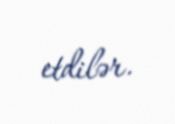
etdilər.